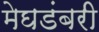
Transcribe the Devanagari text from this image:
मेघडंबरी